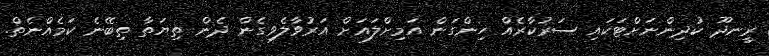
ރީނދޫ ކުދިންނަށްޓަކައި ސަރުކާރެއް ހިންގަން އަމިށްލައަށް އަރުވާލެވިގެން ދެން ތިޔަތާ ތިބޭނެ ކަމެއްނެތް.